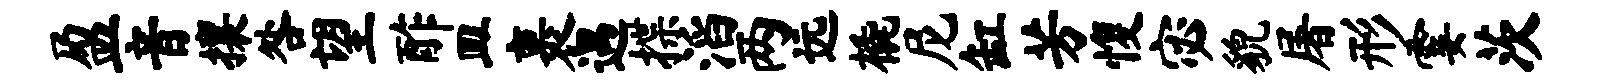
盈音攘咎望酢皿裹遇揲滔两远橇尼缸芳愎宓貌屠形霎茨